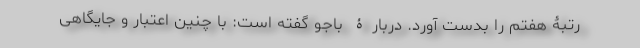
رتبۀ هفتم را بدست آورد. دربارۀ باجو گفته است: با چنین اعتبار و جایگاهی